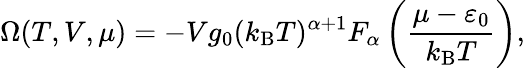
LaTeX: \Omega(T,V,\mu)=-Vg_{0}(k_{\mathrm{{B}}}T)^{\alpha+1}F_{\alpha}\left({\frac{\mu-\varepsilon_{0}}{k_{\mathrm{{B}}}T}}\right),